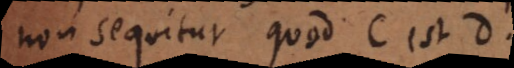
non sequitur quod C est D.